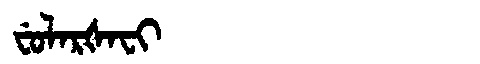
Manchu: ᠸᡠᠯᠠᡵᡧᠠᠸᡳ
Romanization: FULARŠAFI